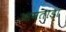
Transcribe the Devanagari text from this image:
आमताड़ा